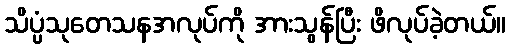
သိပ္ပံသုတေသနအလုပ်ကို အားသွန်ပြီး ဖိလုပ်ခဲ့တယ်။